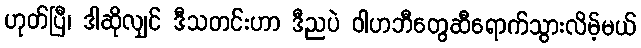
ဟုတ်ပြီ၊ ဒါဆိုလျှင် ဒီသတင်းဟာ ဒီညပဲ ဝါဟဘီတွေဆီရောက်သွားလိမ့်မယ်